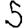
Digit: 5